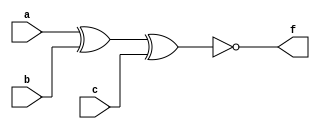
/*--  *******************************************************
--  Computer Architecture Course, Laboratory Sources 
--  Amirkabir University of Technology (Tehran Polytechnic)
--  Department of Computer Engineering (CE-AUT)
--  https://ce[dot]aut[dot]ac[dot]ir
--  *******************************************************
--  All Rights reserved (C) 2019-2020
--  *******************************************************
--  Student ID  : 9833016
--  Student Name: Amirhossen Poolad
--  Student Mail: amir.poolad@aut.ac.ir
--  *******************************************************
--  Additional Comments:
--
--*/

/*-----------------------------------------------------------
---  Module Name: Paritiy Generator
---  Description: Lab 04 Part 2
-----------------------------------------------------------*/
`timescale 1 ns/1 ns

module paritiy3_gen (
	input a,
	input b,
	input c,
	output f	
);
	/* write your code here */
	xnor gXN1(f,a,b,c);
	/* write your code here */

endmodule